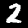
Digit: 2